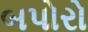
બપોરો